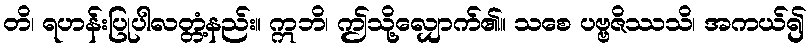
တိ၊ ရဟန်းပြုပါလတ္တံ့နည်း။ ဣဘိ၊ ဤသို့လျှောက်၏။ သစေ ပဗ္ဗဇိဿသိ၊ အကယ်၍